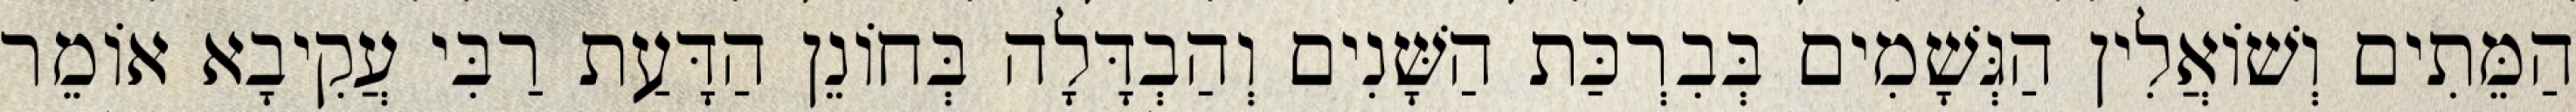
הַמֵּתִים וְשׁוֹאֲלִין הַגְּשָׁמִים בְּבִרְכַּת הַשָּׁנִים וְהַבְדָּלָה בְּחוֹנֵן הַדָּעַת רַבִּי עֲקִיבָא אוֹמֵר